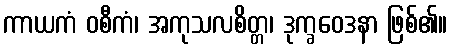
ကာယကံ ဝစီကံ၊ အကုသလစိတ္တ၊ ဒုက္ခဝေဒနာ ဖြစ်၏။